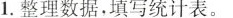
1.整理数据，填写统计表。